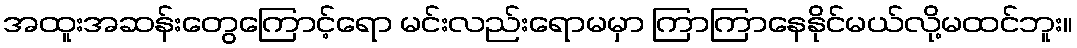
အထူးအဆန်းတွေကြောင့်ရော မင်းလည်းရောမမှာ ကြာကြာနေနိုင်မယ်လို့မထင်ဘူး။